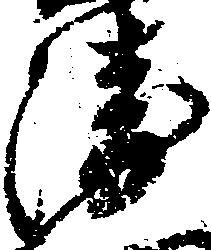
衛